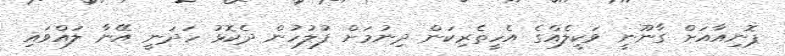
ޕޮނިއާއަށް ގާނޫނީ ވަކީލެއްގެ އެހީތެރިކަން ދިނުމަށް ފުލުހުން ދެކޮޅު ހަދަނީ އޭނާ ލައްވައި